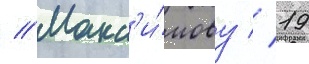
// Макс'и́мову // 19